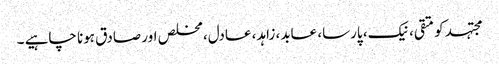
مجتہد کو متقی، نیک، پارسا، عابد، زاہد، عادل، مخلص اور صادق ہونا چاہیے ۔